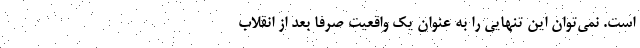
است. نمي‌توان اين تنهايي را به عنوان يك واقعيت صرفا بعد از انقلاب